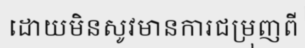
ដោយមិនសូវមានការជម្រុញពី